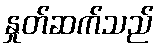
နှုတ်ဆက်သည်